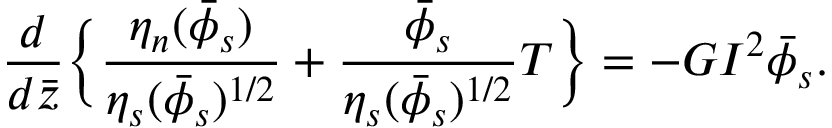
\frac { d } { d \bar { z } } \Bigl \{ \frac { \eta _ { n } ( \bar { \phi } _ { s } ) } { \eta _ { s } ( \bar { \phi } _ { s } ) ^ { 1 / 2 } } + \frac { \bar { \phi } _ { s } } { \eta _ { s } ( \bar { \phi } _ { s } ) ^ { 1 / 2 } } T \Bigr \} = - G I ^ { 2 } \bar { \phi } _ { s } .